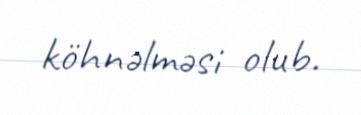
köhnəlməsi olub.